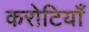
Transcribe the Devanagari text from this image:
करोटियाँ